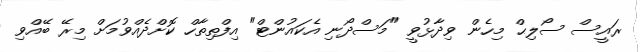
ރައީސް ސޯލިޙް މިހެން ވިދާޅުވީ "މަސްދޯނި އެކައުންޓް" އިފްތިތާހް ކޮށްދެއްވުމަށް މިރޭ ބޭއްވި